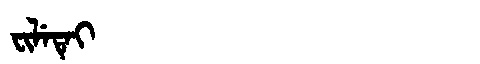
Manchu: ᠸᡳᠯᡝᡨᡝᡳ
Romanization: FILETEI